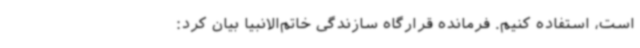
است، استفاده کنیم. فرمانده قرارگاه سازندگی خاتم‌الانبیا بیان کرد: